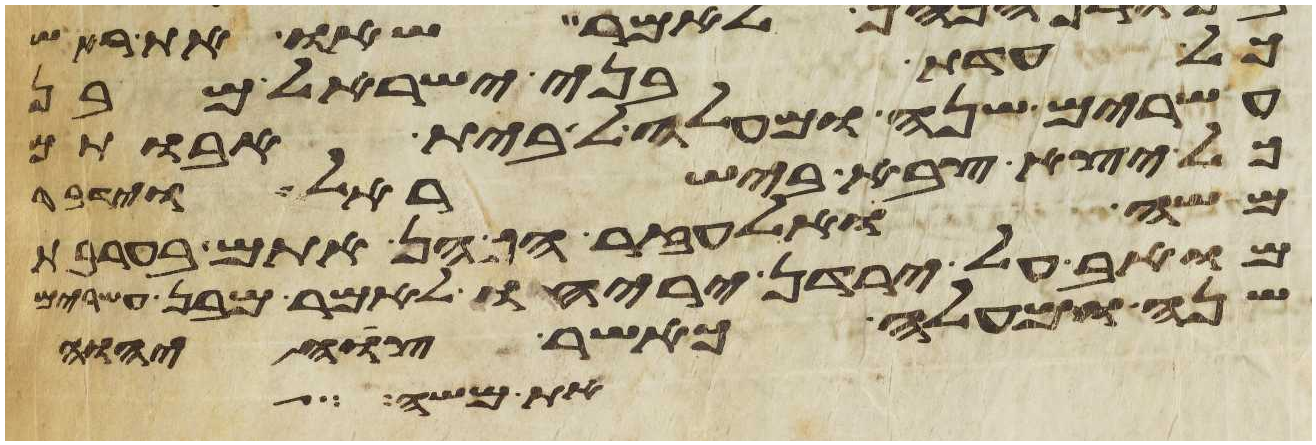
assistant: כל עדת בני ישראל מבן
עשרים שנה ומעלה לבית אבותם
כל יצא צבא בישראל וידבר
משה ואלעזר הכהן אתם בערבת
מואב על ירדן יריחו לאמר מבן עשרים
שנה ומעלה כאשר צוה יהוה
את משה